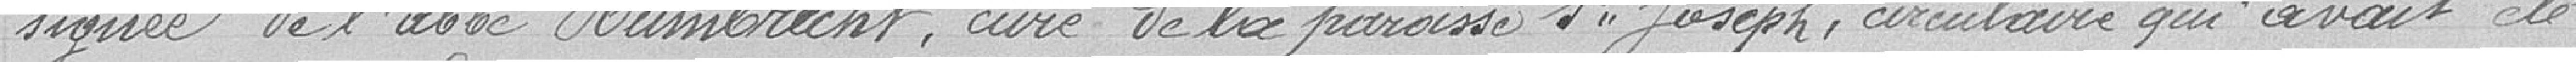
signée de l'abbé Humbrecht, curé de la paroisse St Joseph, circulaire qui avait été